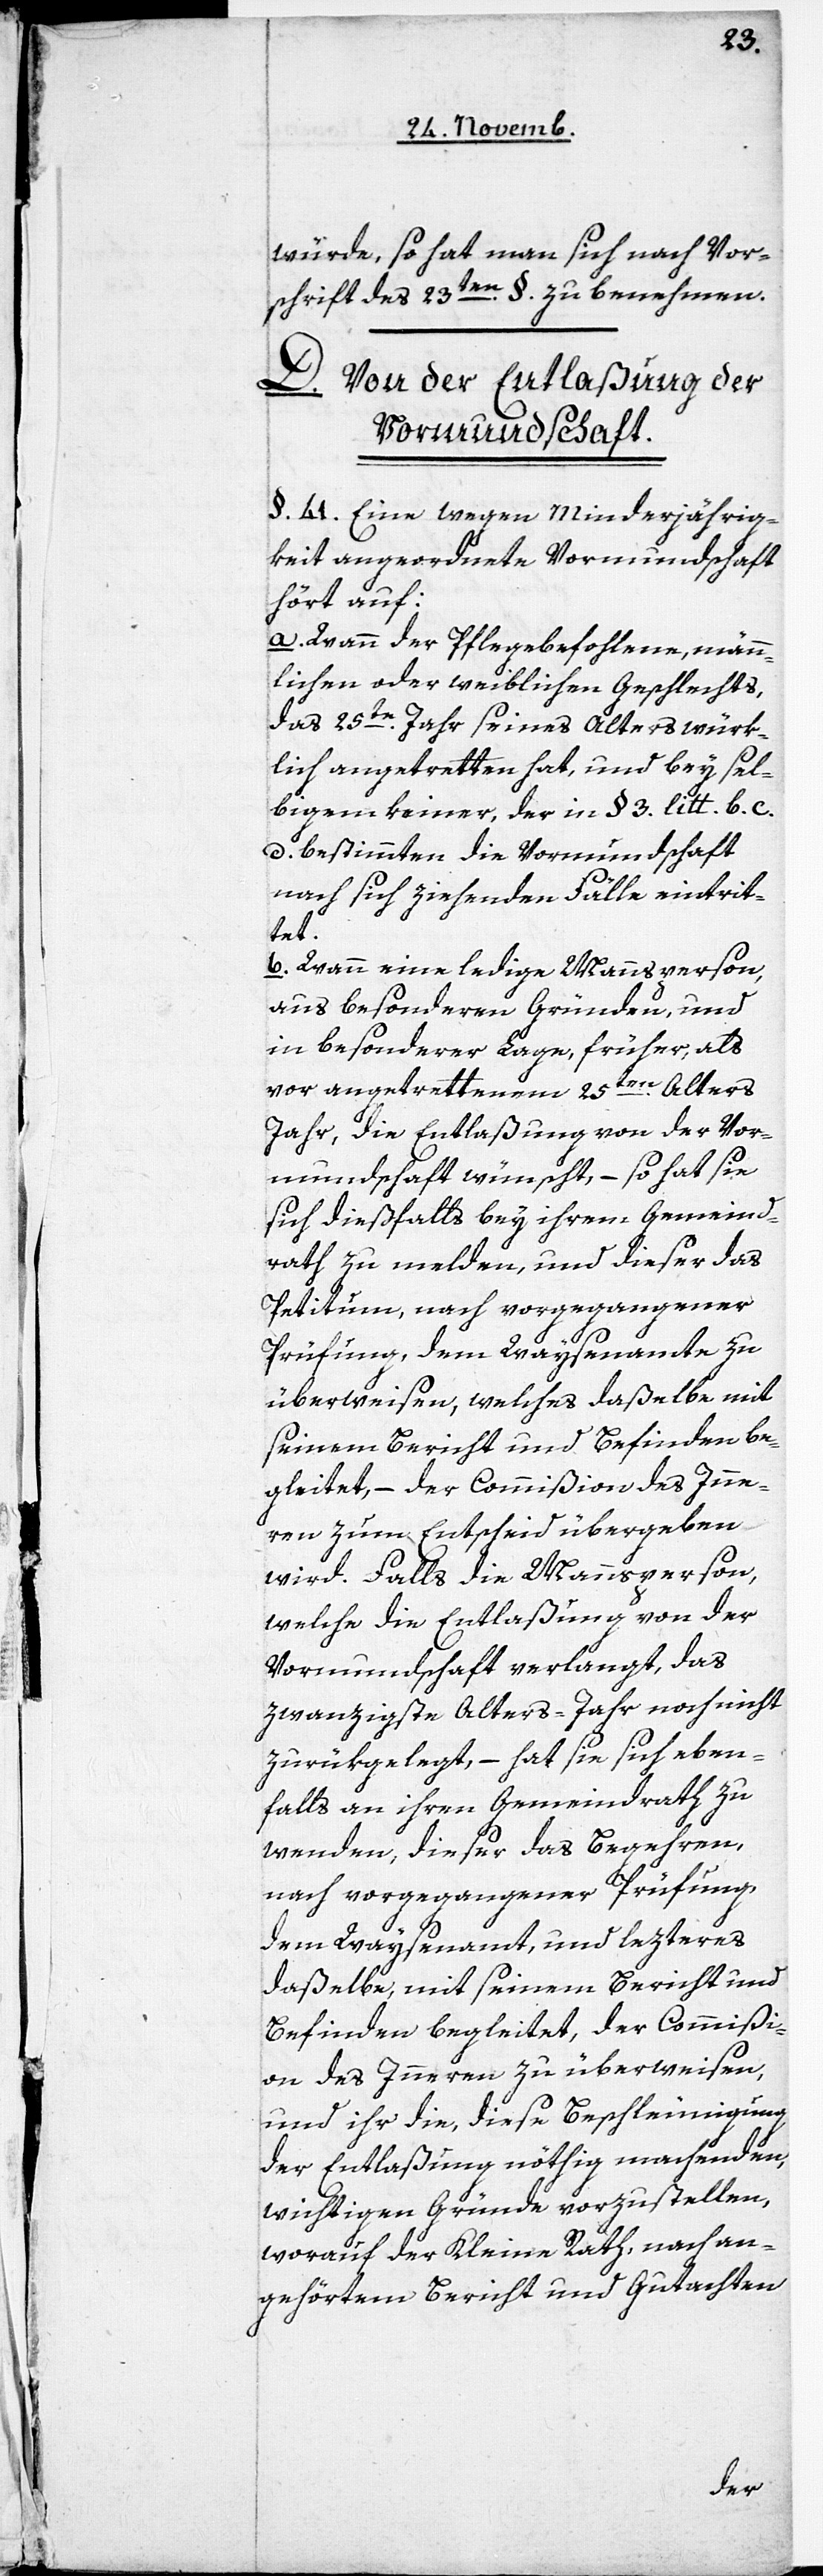
würde, so hat man sich nach Vor¬
schrift des 23ten. §. zu benehmen.
D. Von der Entlaßung der
Vormundschaft.
§. 41. Eine wegen Minderjährig¬
keit angeordnete Vormundschaft
hört auf:
a. Wann der Pflegebefohlene, männ¬
lichen oder weiblichen Geschlechts,
das 25te. Jahr seines Alters würk¬
lich angetretten hat, und bey sel¬
bigem keiner, der in §. 3. litt. b[,]
d. bestimmten, die Vormundschaft
nach sich ziehenden Fälle eintrit¬
tet.
b. Wann eine ledige Mannsperson,
aus besonderen Gründen, und
in besonderer Lage, früher, als
vor angetrettenem 25ten. Alters[-]J¬
ahr, die Entlaßung von der Vor¬
mundschaft wünscht, – so hat sie
sich dießfalls bey ihrem Gemeind¬
rath zu melden, und dieser das
Petitum, nach vorgegangener
Prüfung, dem Waysenamte zu
überweisen, welches daßelbe mit
seinem Bericht und Befinden be¬
gleitet, – der Commißion des Inne¬
ren zum Entscheid übergeben
wird. Falls die Mannsperson,
welche die Entlaßung von der
Vormundschaft verlangt, das
zwanzigste Alters-Jahr noch nicht
zurükgelegt, – hat sie sich eben¬
falls an ihren Gemeindrath zu
wenden, dieser das Begehren,
nach vorgegangener Prüfung
dem Waysenamt , und lezteres
daßelbe, mit seinem Bericht und
Befinden begleitet, der Commißi¬
on des Inneren zu überweisen,
und ihr die, diese Beschleunigung
der Entlaßung nöthig machenden,
wichtigen Gründe vorzustellen,
worauf der Kleine Rath, nach an¬
gehörtem Bericht und Gutachten